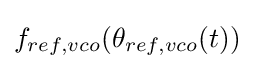
f_{ref,vco}(\theta _{ref,vco}(t))